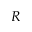
R